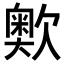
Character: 𣤡